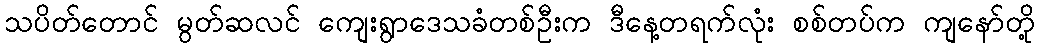
သပိတ်တောင် မွတ်ဆလင် ကျေးရွာဒေသခံတစ်ဦးက ဒီနေ့တရက်လုံး စစ်တပ်က ကျနော်တို့